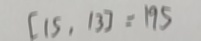
[ 1 5 , 1 3 ] = 1 9 5